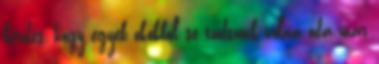
kérdés, hogy egyéb okokból se tudtunk volna oda már